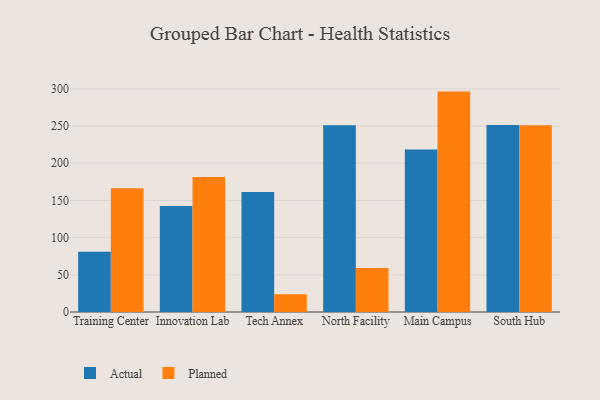
{"axis": {"x": "Campus", "y": "Inventory Turnover"}, "legend": ["Actual", "Planned"], "data": [{"x": "Training Center", "y": 81.0, "type": "Actual"}, {"x": "Training Center", "y": 166.3, "type": "Planned"}, {"x": "Innovation Lab", "y": 142.4, "type": "Actual"}, {"x": "Innovation Lab", "y": 181.4, "type": "Planned"}, {"x": "Tech Annex", "y": 161.5, "type": "Actual"}, {"x": "Tech Annex", "y": 24.0, "type": "Planned"}, {"x": "North Facility", "y": 251.1, "type": "Actual"}, {"x": "North Facility", "y": 59.3, "type": "Planned"}, {"x": "Main Campus", "y": 218.4, "type": "Actual"}, {"x": "Main Campus", "y": 296.4, "type": "Planned"}, {"x": "South Hub", "y": 251.6, "type": "Actual"}, {"x": "South Hub", "y": 251.3, "type": "Planned"}]}